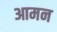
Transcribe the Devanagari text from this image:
आमन